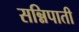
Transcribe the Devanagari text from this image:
सन्निपाती